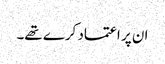
ان پر اعتماد کرے تھے۔